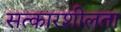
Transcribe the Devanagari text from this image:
सत्कारशीलता